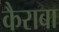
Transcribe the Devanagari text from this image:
कैराबा